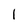
Character: 1